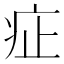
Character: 𤵁